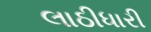
લાઠીધારી